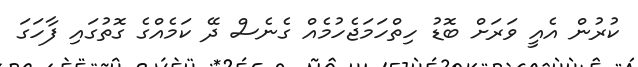
ކުރުން އެއީ ވަރަށް ބޮޑު ހިތްހަމަޖެހުމެއް ގެނެސް ދޭ ކަމެއްގެ ގޮތުގައި ފާހަގަ